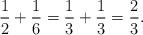
LaTeX: \begin{align*} \frac{1}{2} + \frac{1}{6} = \frac{1}{3} + \frac{1}{3} = \frac{2}{3}. \end{align*}